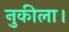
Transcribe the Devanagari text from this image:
नुकीला।